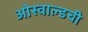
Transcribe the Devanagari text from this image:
ओस्वाल्डची